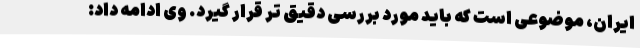
ایران، موضوعی است که باید مورد بررسی دقیق تر قرار گیرد. وی ادامه داد: